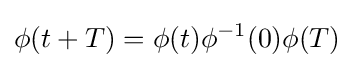
\phi (t+T)=\phi (t)\phi ^{-1}(0)\phi (T)